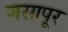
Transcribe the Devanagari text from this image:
जसापूर